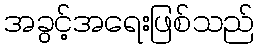
အခွင့်အရေးဖြစ်သည်